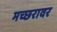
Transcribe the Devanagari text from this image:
मच्छरावर